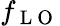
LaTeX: f_{\mathrm{~L~O~}}